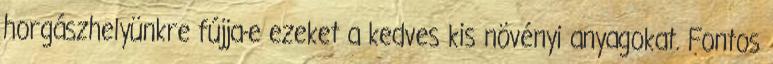
horgászhelyünkre fújja-e ezeket a kedves kis növényi anyagokat. Fontos